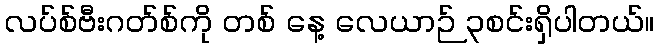
လပ်စ်ဗီးဂတ်စ်ကို တစ် နေ့ လေယာဉ် ၃စင်းရှိပါတယ်။